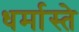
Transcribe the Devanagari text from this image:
धर्मास्ते